Indian journal of veterinary science and animal husbandry - Volumes 18-21, 1948-1951
Year: 1948
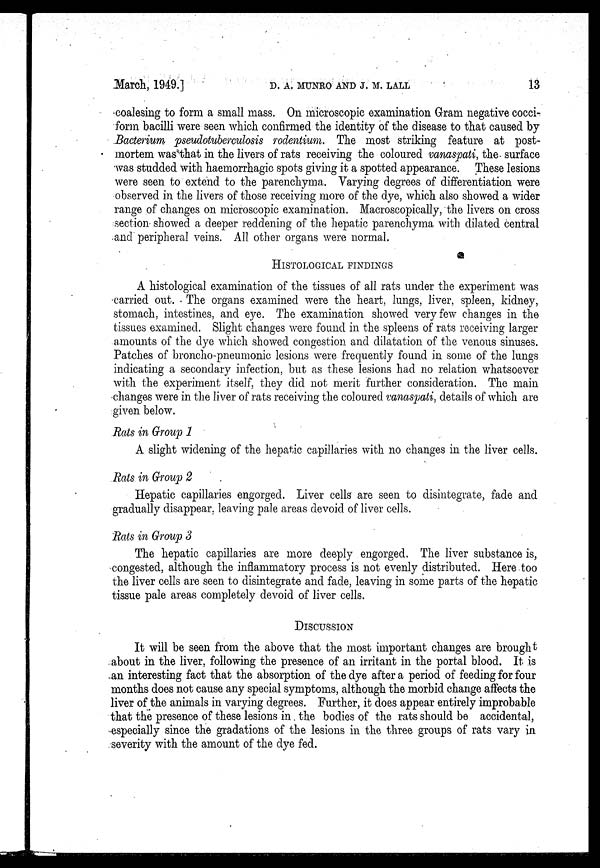
March, 1949.]
D.
A.
MUNRO
AND
J.
M.
LALL
13
coalesing to form a small mass. On microscopic examination Gram negative cocci-
form bacilli were seen which confirmed the identity of the disease to that caused by
Bacterium pseudotuberculosis rodentium. The most striking feature at post-
mortem was that in the livers of rats receiving the coloured vanaspati, the surface
was studded with haemorrhagic spots giving it a spotted appearance. These lesions
were seen to extend to the parenchyma. Varying degrees of differentiation were
observed in the livers of those receiving more of the dye, which also showed a wider
range of changes on microscopic examination. Macroscopically, the livers on cross
section showed a deeper reddening of the hepatic parenchyma with dilated central
and peripheral veins. All other organs were normal.
HISTOLOGICAL FINDINGS
A histological examination of the tissues of all rats under the experiment was
carried out. The organs examined were the heart, lungs, liver, spleen, kidney,
stomach, intestines, and eye. The examination showed very few changes in the
tissues examined. Slight changes were found in the spleens of rats receiving larger
amounts of the dye which showed congestion and dilatation of the venous sinuses.
Patches of broncho-pneumonic lesions were frequently found in some of the lungs
indicating a secondary infection, but as these lesions had no relation whatsoever
with the experiment itself, they did not merit further consideration. The main
changes were in the liver of rats receiving the coloured vanaspati, details of which are
given below.
Rats in Group 1
A slight widening of the hepatic capillaries with no changes in the liver cells.
Rats in Group 2
Hepatic capillaries engorged. Liver cells are seen to disintegrate, fade and
gradually disappear, leaving pale areas devoid of liver cells.
Rats in Group 3
The hepatic capillaries are more deeply engorged. The liver substance is,
congested, although the inflammatory process is not evenly distributed. Here too
the liver cells are seen to disintegrate and fade, leaving in some parts of the hepatic
tissue pale areas completely devoid of liver cells.
DISCUSSION
It will be seen from the above that the most important changes are brought
about in the liver, following the presence of an irritant in the portal blood. It is
an interesting fact that the absorption of the dye after a period of feeding for four
months does not cause any special symptoms, although the morbid change affects the
liver of the animals in varying degrees. Further, it does appear entirely improbable
that the presence of these lesions in the bodies of the rats should be accidental,
especially since the gradations of the lesions in the three groups of rats vary in
severity with the amount of the dye fed.